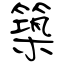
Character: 築